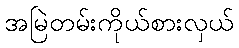
အမြဲတမ်းကိုယ်စားလှယ်